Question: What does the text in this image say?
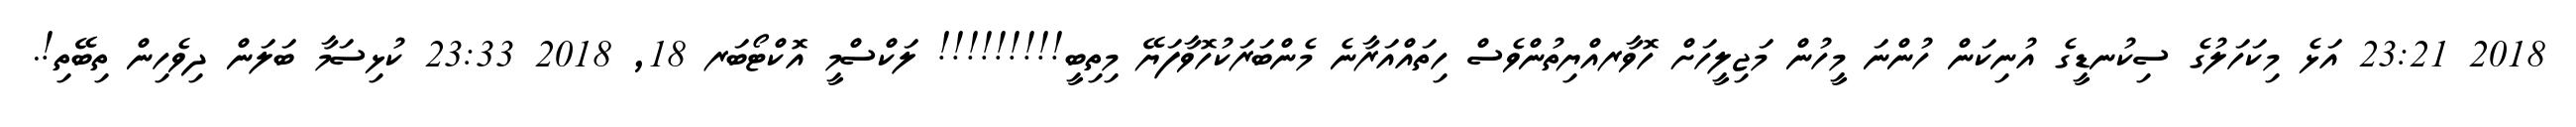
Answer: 2018 23:21 އަޅެ މިކަހަލުގެ ސިކުނޑީގެ އުނިކަން ހުންނަ މީހުން މަޖިލީހަށް ހޮވާރއްޔިތުންވެސް ހިތައްއަރާނެ މެންބަރަކުހޮވާފަޔޭ މިތިބީ!!!!!!!!! ލަކްސްމީ އޮކްޓޯބަރ 18, 2018 23:33 ކުޅިސަމާ ބަލަން ދިވެހިން ތިބޭތި!.